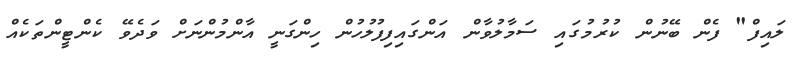
ލައިފް" ފެން ބޭނުން ކުރުމުގައި ސަމާލުވާން އަންގައިފިފުލުހުން ހިންގަނީ އާންމުންނަށް ވަދެވޭ ކެންޓީންތަކެއް